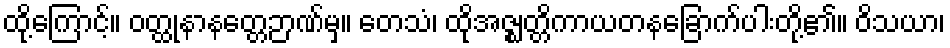
ထို့ကြောင့်။ ဝတ္ထုနာနတ္တေဉာဏ်မှ။ တေသံ၊ ထိုအဇ္ဈတ္တိကာယတနခြောက်ပါးတို့၏။ ဝိသယာ၊